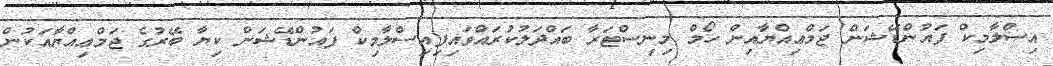
އިސްލާމިކް ފައުންޑޭޝަން ޖަމްޢިއްޔާއިން ހޯމް މިނިސްޓަރާ ބައްދަލުކުރައްވައިފިއިސްލާމިކް ފައުންޑޭޝަން ކިޔާ ބޭރުގެ ޖަމްޢިއްޔާއަކުން